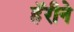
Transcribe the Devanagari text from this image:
हॅरीने